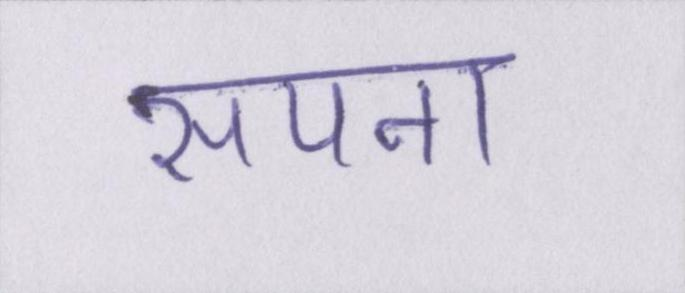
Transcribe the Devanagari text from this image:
सपना